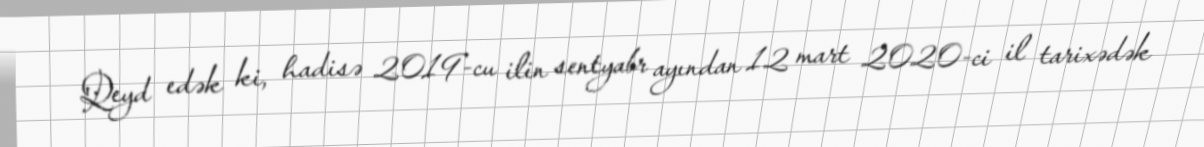
Qeyd edək ki, hadisə 2019-cu ilin sentyabr ayından 12 mart 2020-ci il tarixədək